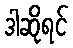
ဒါဆိုရင်